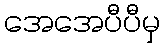
အေအေပီပီမှ